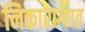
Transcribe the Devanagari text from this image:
निकाराग्वात